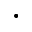
\cdot